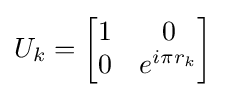
U_{k}={\begin{bmatrix}1&0\\0&e^{i\pi r_{k}}\end{bmatrix}}